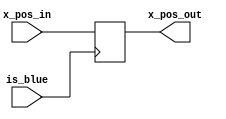
module bus_d_ff(is_blue, x_pos_in, x_pos_out);
   input is_blue;
   input [9:0] x_pos_in;

   output reg [9:0] x_pos_out;

   always @ (posedge is_blue)
	 begin
		x_pos_out = x_pos_in;
	 end
endmodule // ten_dff